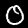
Digit: 0